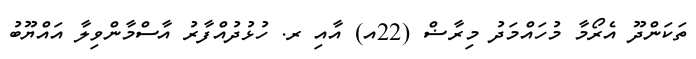
ތަކަންދޫ އެރޯމާ މުހައްމަދު މިރާޟް (22އ) އާއި ރ. ހުޅުދުއްފާރު އާސްމާންވިލާ އައްޔޫބު